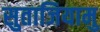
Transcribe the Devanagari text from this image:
सुताजियामु